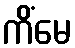
ကိံမေ